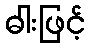
ဓါးဖြင့်